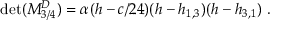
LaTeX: \operatorname * { d e t } ( { \cal M } _ { 3 / 4 } ^ { D } ) = \alpha ( h - c / 2 4 ) ( h - h _ { 1 , 3 } ) ( h - h _ { 3 , 1 } ) { } ~ .